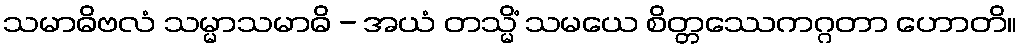
သမာဓိဗလံ သမ္မာသမာဓိ - အယံ တသ္မိံ သမယေ စိတ္တဿေကဂ္ဂတာ ဟောတိ။